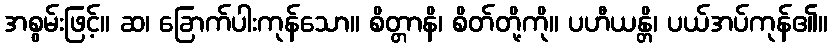
အစွမ်းဖြင့်။ ဆ၊ ခြောက်ပါးကုန်သော။ စိတ္တာနိ၊ စိတ်တို့ကို။ ပဟီယန္တိ၊ ပယ်အပ်ကုန်၏။